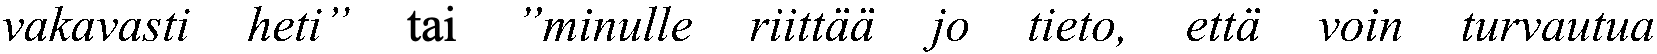
vakavasti heti” tai ”minulle riittää jo tieto, että voin turvautua